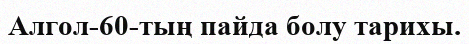
Алгол-60-тың пайда болу тарихы.